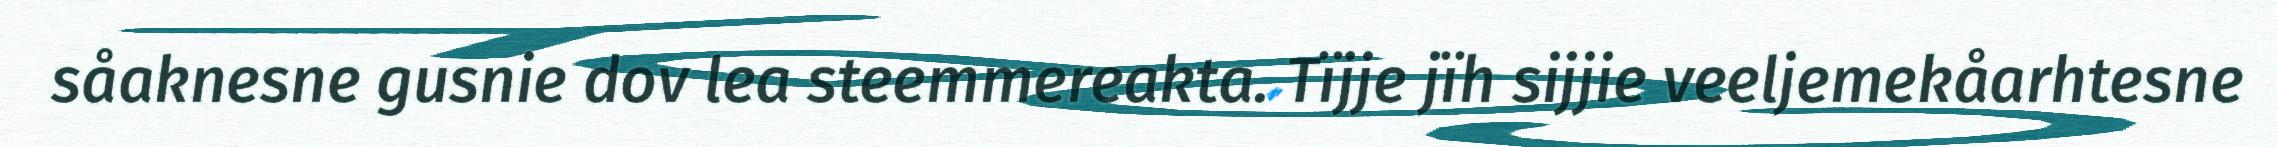
såaknesne gusnie dov lea steemmereakta. Tïjje jïh sijjie veeljemekåarhtesne